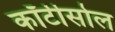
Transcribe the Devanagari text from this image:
कॉर्टीसोल